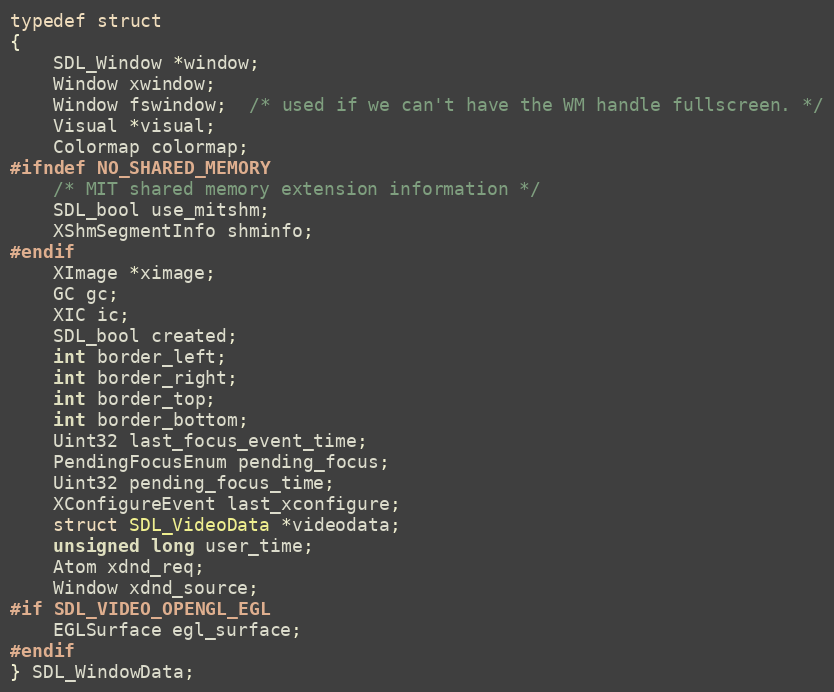
Language: C
typedef struct
{
    SDL_Window *window;
    Window xwindow;
    Window fswindow;  /* used if we can't have the WM handle fullscreen. */
    Visual *visual;
    Colormap colormap;
#ifndef NO_SHARED_MEMORY
    /* MIT shared memory extension information */
    SDL_bool use_mitshm;
    XShmSegmentInfo shminfo;
#endif
    XImage *ximage;
    GC gc;
    XIC ic;
    SDL_bool created;
    int border_left;
    int border_right;
    int border_top;
    int border_bottom;
    Uint32 last_focus_event_time;
    PendingFocusEnum pending_focus;
    Uint32 pending_focus_time;
    XConfigureEvent last_xconfigure;
    struct SDL_VideoData *videodata;
    unsigned long user_time;
    Atom xdnd_req;
    Window xdnd_source;
#if SDL_VIDEO_OPENGL_EGL
    EGLSurface egl_surface;
#endif
} SDL_WindowData;